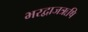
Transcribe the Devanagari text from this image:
भरद्वाजऋषि